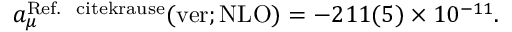
a _ { \mu } ^ { \mathrm { R e f . ~ \ c i t e { k r a u s e } } } ( \mathrm { v e r ; N L O } ) = - 2 1 1 ( 5 ) \times 1 0 ^ { - 1 1 } .